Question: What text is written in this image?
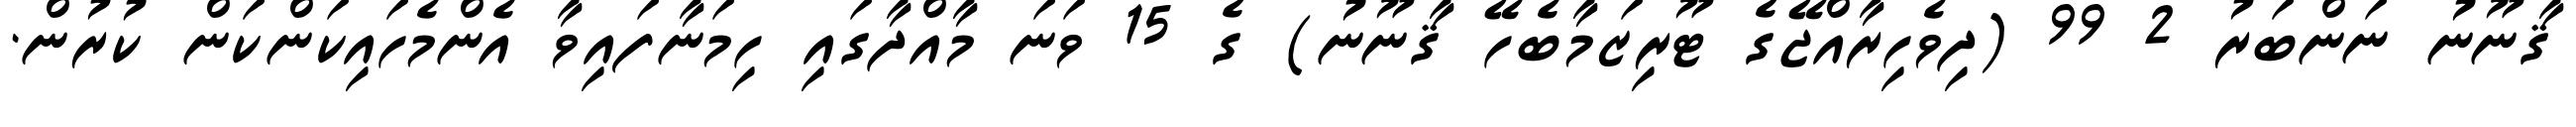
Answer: ޤާނޫނު ނަންބަރު 2 99 (ދިވެހިރާއްޖޭގެ ޓޫރިޒަމާބެހޭ ޤާނޫނު) ގެ 15 ވަނަ މާއްދާގައި ހިމަނާފައިވާ އެންމެހައިކަންކަން ކުރުން.